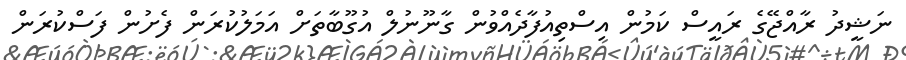
ނަޝީދު ރާއްޖޭގެ ރައީސް ކަމުން އިސްތިއުފާދެއްވުން ގާނޫނުލް އުގޫބާތަށް އަމަލުކުރަން ފެށުން ފަސްކުރަން